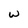
Character: w